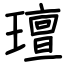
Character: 璮